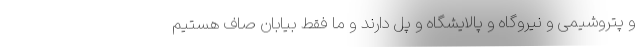
و پتروشیمی و نیروگاه و پالایشگاه و پل دارند و ما فقط بیابان صاف هستیم